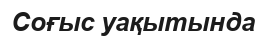
Соғыс уақытында